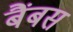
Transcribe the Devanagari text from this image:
बैंबस